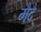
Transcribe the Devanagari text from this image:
मैदै